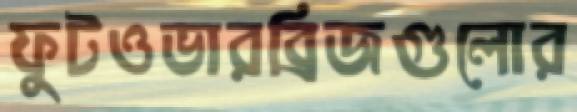
ফুটওভারব্রিজগুলোর